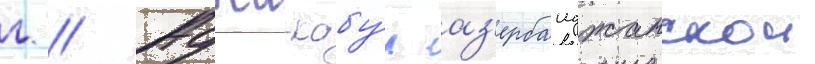
г // Аджи-кабу́л аз'ербаиджанскои